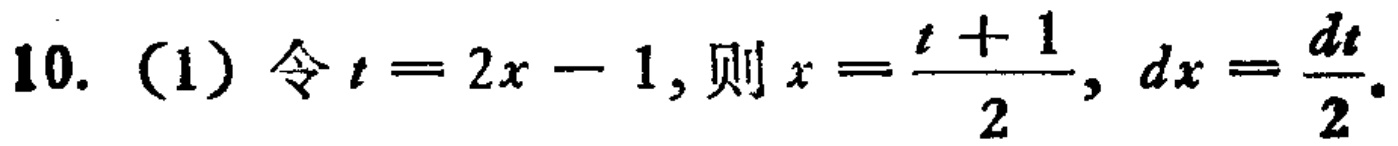
10. (1) 令 \(t = 2x - 1\), 则 \(x=\frac{t + 1}{2},dx=\frac{dt}{2}\).